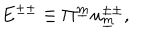
E ^ { \pm \pm } \equiv \Pi ^ { \underline { { { m } } } } u _ { \underline { { { m } } } } ^ { \pm \pm } , \qquad